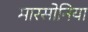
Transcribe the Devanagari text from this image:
मारसोनिया